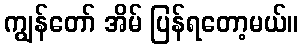
ကျွန်တော် အိမ် ပြန်ရတော့မယ်။